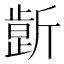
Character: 𰕤